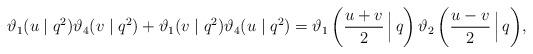
LaTeX: \begin{align*} \vartheta_{1}(u\mid q^{2})\vartheta_{4}(v\mid q^{2})+\vartheta_{1}(v\mid q^{2})\vartheta_{4}(u\mid q^{2})= \vartheta_{1}\left(\frac{u+v}{2}\,\Big|\, q\right)\vartheta_{2}\left(\frac{u-v}{2}\,\Big|\, q\right)\!, \end{align*}